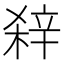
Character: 𨐖